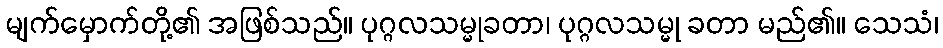
မျက်မှောက်တို့၏ အဖြစ်သည်။ ပုဂ္ဂလသမ္မုခတာ၊ ပုဂ္ဂလသမ္မု ခတာ မည်၏။ သေသံ၊